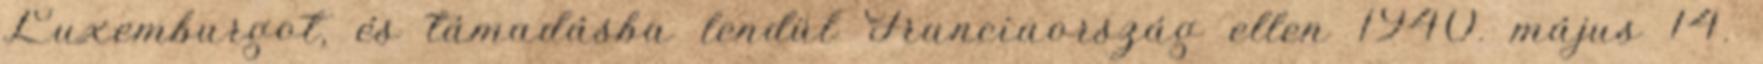
Luxemburgot, és támadásba lendül Franciaország ellen 1940. május 14.